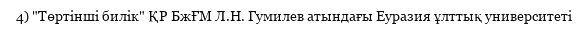
4) "Төртінші билік" ҚР БжҒМ Л.Н. Гумилев атындағы Еуразия ұлттық университеті